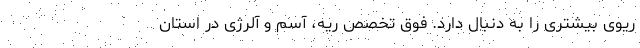
ریوی بیشتری را به دنبال دارد. فوق تخصص ریه، آسم و آلرژی در استان